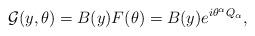
LaTeX: \begin{align*}{\cal G}(y,\theta)=B(y)F(\theta)=B(y)e^{i\theta^\alpha Q_\alpha},\end{align*}